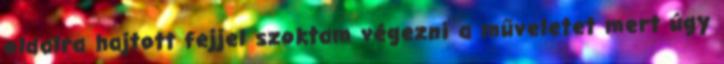
oldalra hajtott fejjel szoktam végezni a műveletet mert úgy